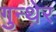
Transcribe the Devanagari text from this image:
गुन्थेर